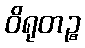
ဝိရုတဉ္စ